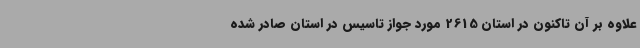
علاوه ‌بر آن تاکنون در استان 2615 مورد جواز تاسیس در استان صادر شده